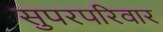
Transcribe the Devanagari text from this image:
सुपरपरिवार